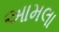
આમલા